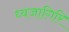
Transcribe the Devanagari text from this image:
ध्वजागिरि